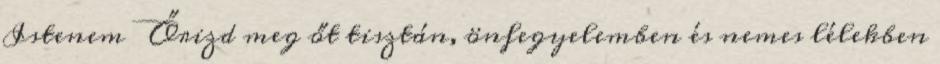
Istenem Őrizd meg őt tisztán, önfegyelemben és nemes lélekben